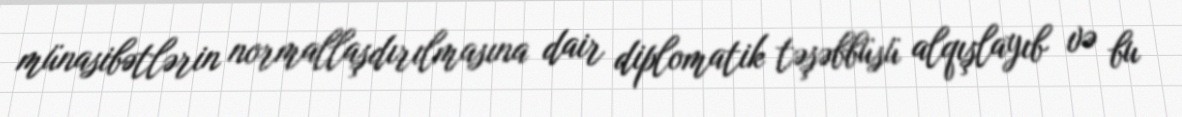
münasibətlərin normallaşdırılmasına dair diplomatik təşəbbüsü alqışlayıb və bu